Source: Handwritten
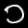
Digit: ၁ (1)